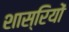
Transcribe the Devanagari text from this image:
शास्रियों